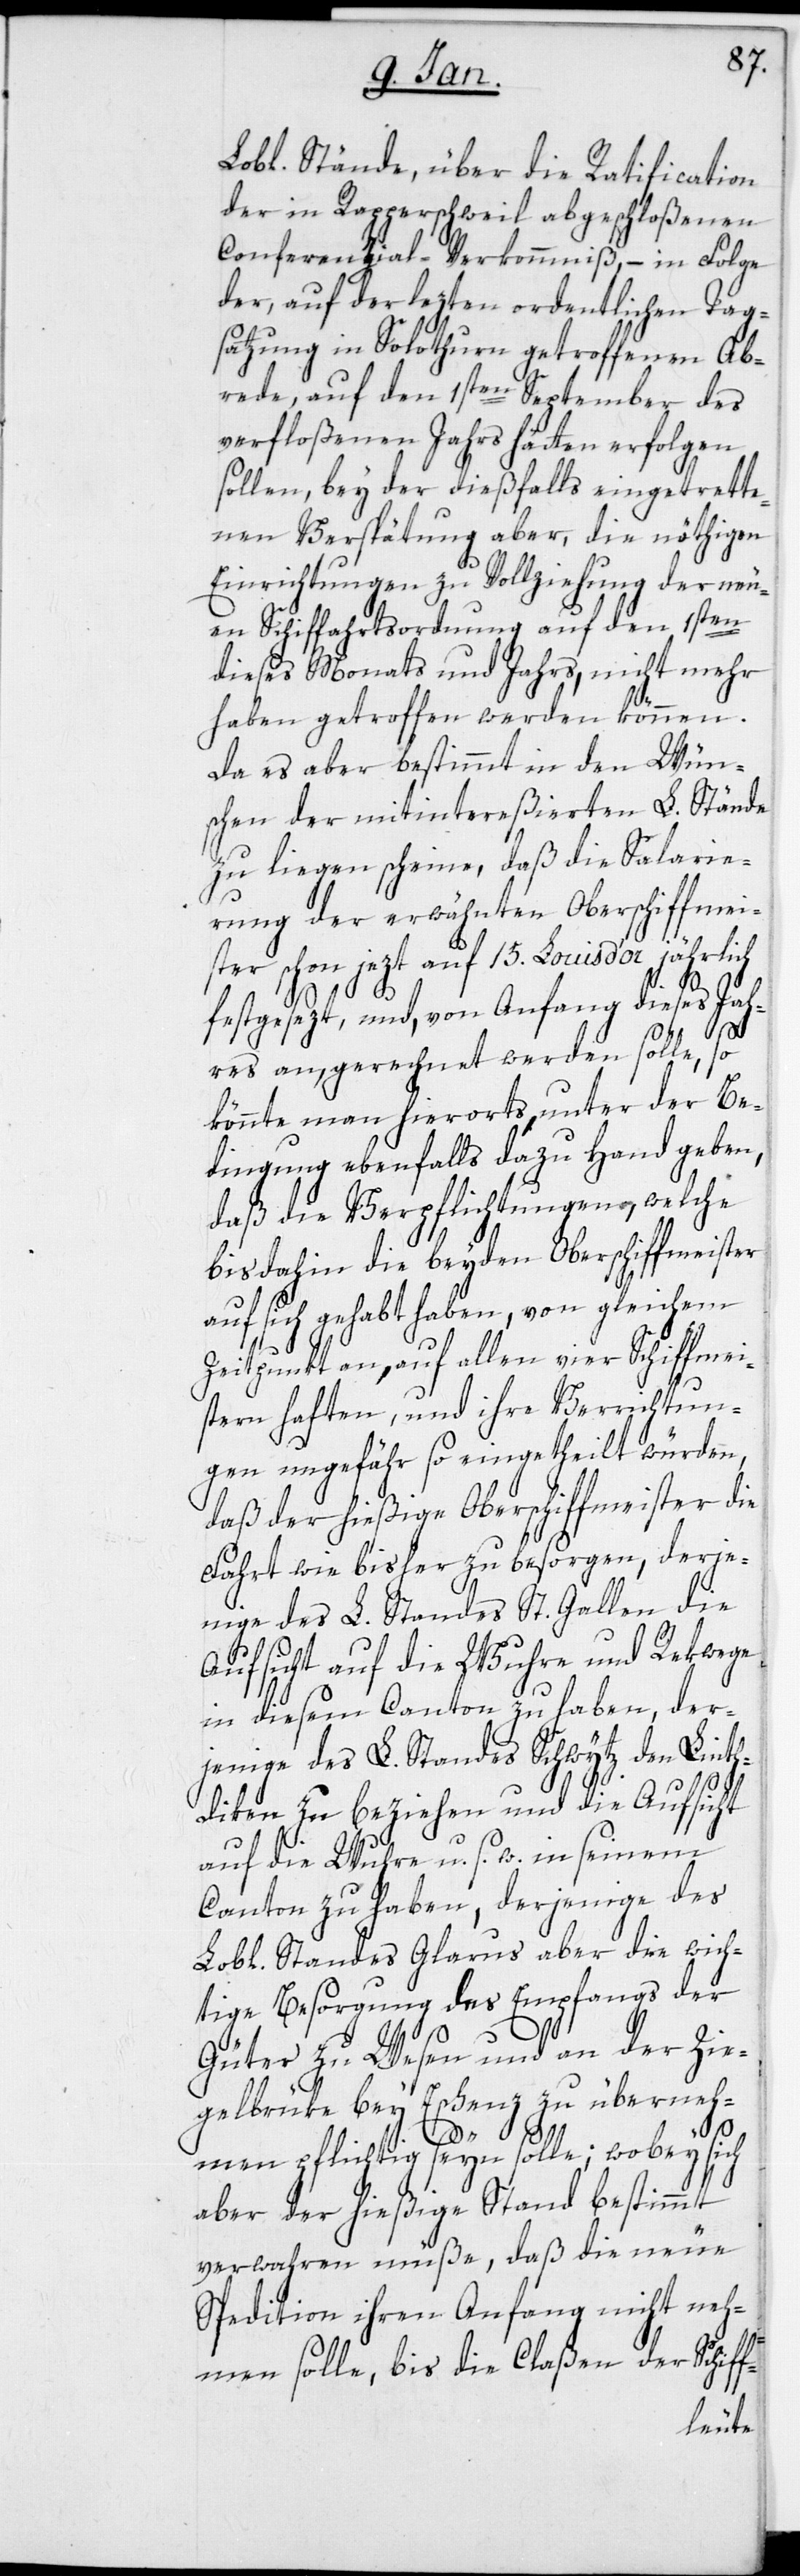
Lobl. Stände, über die Ratification
der in Rapperschweil abgeschloßenen
Conferenzial-Verkommniß, – in Folge
der, auf der lezten ordentlichen Tag¬
satzung in Solothurn getroffenen Ab¬
rede, auf den 1sten September des
verfloßenen Jahrs hätten erfolgen
sollen, bey der dießfalls eingetrette¬
nen Verspätung aber, die nöthigen
Einrichtungen zu Vollziehung der neu¬
en Schiffahrtsordnung auf den 1sten
dieses Monats und Jahrs, nicht mehr
haben getroffen werden können.
Da es aber bestimmt in den Wün¬
schen der mitintereßierten L. Stände
zu liegen scheine, daß die Salarie¬
rung der erwähnten Oberschiffmei¬
ster schon jezt auf 15. Louisd’or jährlich
festgesezt, und, von Anfang dieses Jah¬
res angerechnet werden solle, so
könnte man hierorts unter der Be¬
dingung ebenfalls dazu Hand geben,
daß die Verpflichtungen, welche
bisdahin die beyden Oberschiffmeister
auf sich gehabt haben, von gleichem
Zeitpunkt an, auf allen vier Schiffmei¬
stern haften, und ihre Verrichtun¬
gen ungefähr so eingetheilt würden,
daß der hießige Oberschiffmeister die
Fahrt wie bisher zu besorgen, derje¬
nige des L. Standes St. Gallen die
Aufsicht auf die Wuhre und Rekwege
in diesem Canton zu haben, der¬
jenige des L. Standes Schwytz den Linth¬
diken zu beziehen und die Aufsicht
auf die Wuhre u. s. w. in seinem
Canton zu haben, derjenige des
Lobl. Standes Glarus aber die wich¬
tige Besorgung des Empfangs der
Güter zu Wesen und an der Zie¬
gelbrüke bey Eschenz zu überneh¬
f-
men pflichtig seyn solle; wobey sich
aber der hießige Stand bestimmt
verwahren müße, daß die neue
Spedition ihren Anfang nicht neh¬
men solle, bis die Claßen der Schif¬